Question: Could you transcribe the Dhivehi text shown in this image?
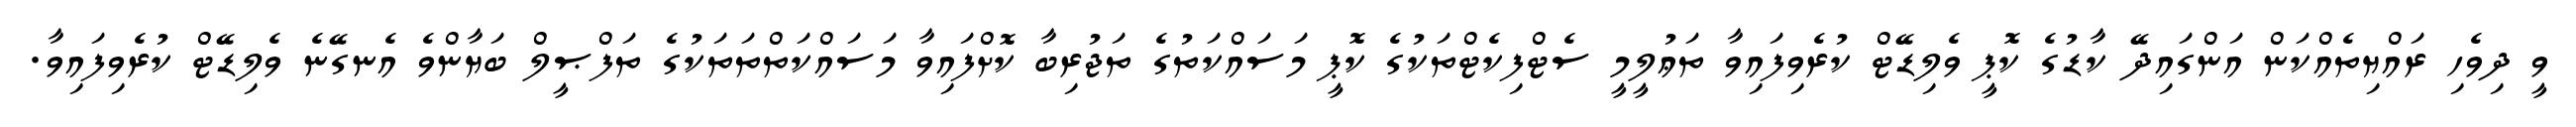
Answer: ވީ ދިވެހި ރައްޔިތެއްކަން އަންގައިދޭ ކާޑުގެ ކޮޕީ ވެލިޑޭޓް ކުރެވިފައިވާ ތަޢުލީމީ ސެޓްފިކެޓްތަކުގެ ކޮޕީ މަސައްކަތުގެ ތަޖުރިބާ ކޮށްފައިވާ މަސައްކަތްތަތަކުގެ ތަފްޞީލް ބަޔާންވެ އެނގޭނެ ވެލިޑޭޓް ކުރެވިފައިވާ.